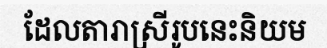
ដែលតារាស្រីរូបនេះនិយម